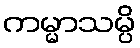
ကမ္မာသမ္ပိ